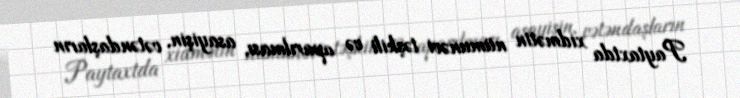
Paytaxtda xidmətin nümunəvi təşkili və aparılması, asayişin, vətəndaşların